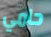
حامي